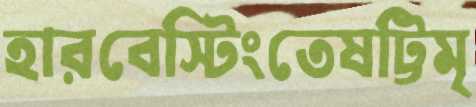
হারবেস্টিংতেষট্টিমৃ